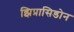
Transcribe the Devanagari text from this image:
झिप्रासिडोन